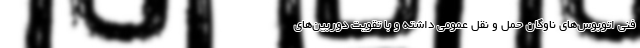
فنی اتوبوس‌های ناوگان حمل و نقل عمومی داشته و با تقویت دوربین‌های